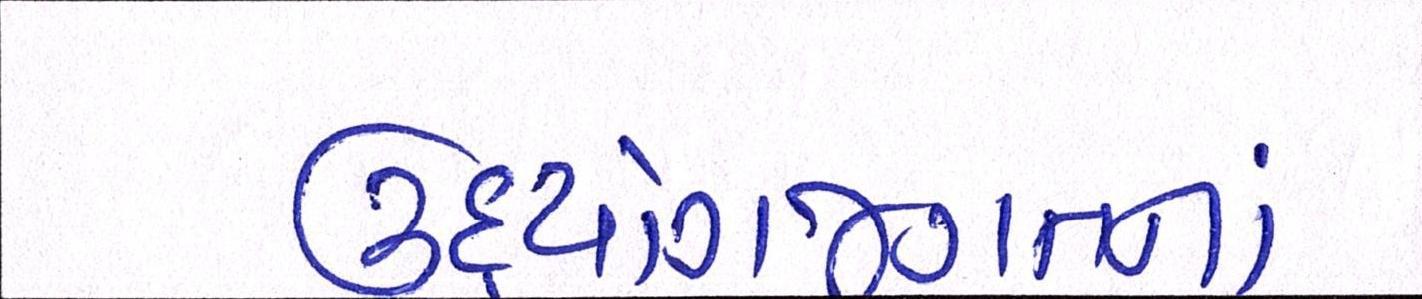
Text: ઉદ્યોગજગતનાં